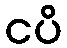
ငပိ